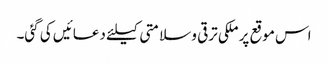
اس موقع پر ملکی ترقی و سلامتی کیلئے دعائیں کی گئی۔